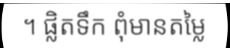
។ ផ្លិតទឹក ពុំមានតម្លៃ